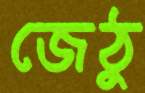
জেঠু